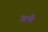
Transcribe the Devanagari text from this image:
अथॆ